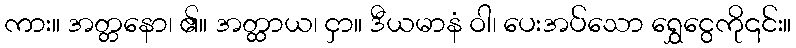
ကား။ အတ္တနော၊ ၏။ အတ္ထာယ၊ ငှာ။ ဒီယမာနံ ဝါ၊ ပေးအပ်သော ရွှေငွေကို၎င်း။